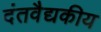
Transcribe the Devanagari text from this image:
दंतवैद्यकीय